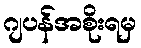
ဂျပန်အစိုးရမှ